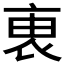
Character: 𧙏